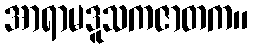
အာရာမဒူသကဇာတက။